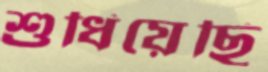
শুধিয়েছি